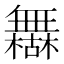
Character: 𰙈